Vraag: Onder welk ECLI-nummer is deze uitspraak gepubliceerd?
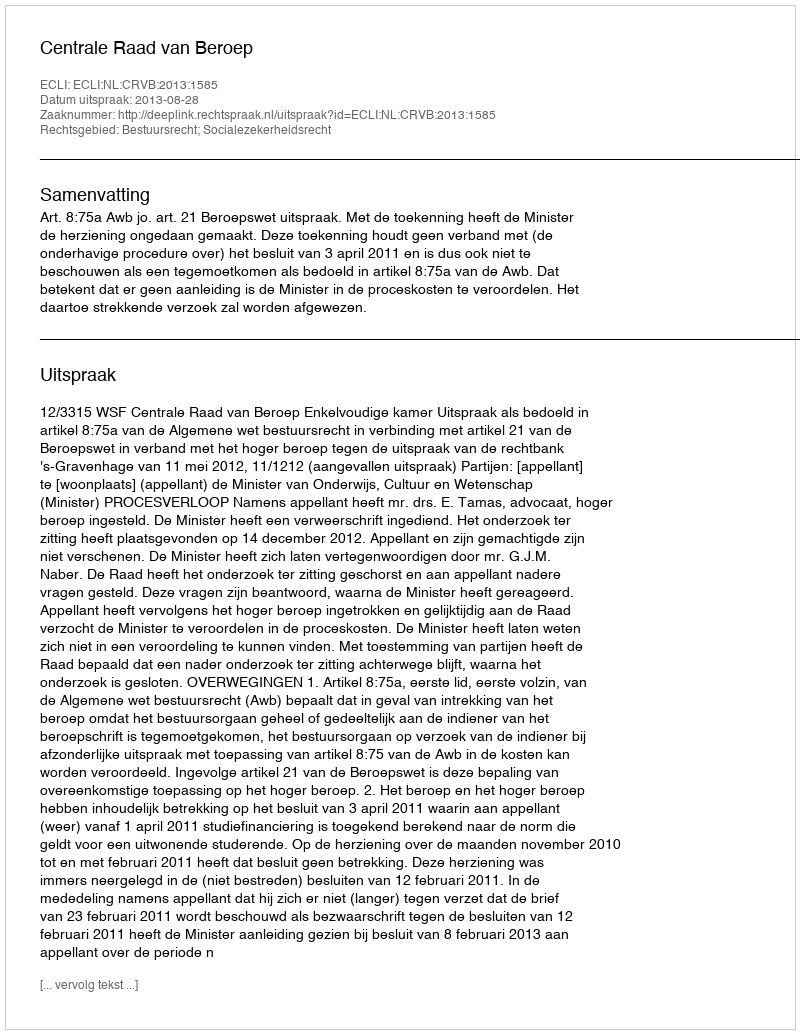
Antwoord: ECLI:NL:CRVB:2013:1585